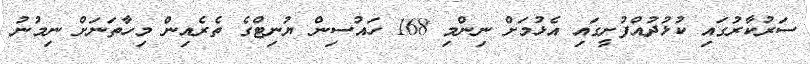
ސަރުކާރުގައި ކުޅުދުއްފުށީގައި އެޅުމަށް ނިންމި 168 ހައުސިން ޔުނިޓްގެ ތެރެއިން މިހާތަނަށް ނިމުނު